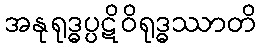
အနုရုဒ္ဓပ္ပဋိဝိရုဒ္ဓဿာတိ